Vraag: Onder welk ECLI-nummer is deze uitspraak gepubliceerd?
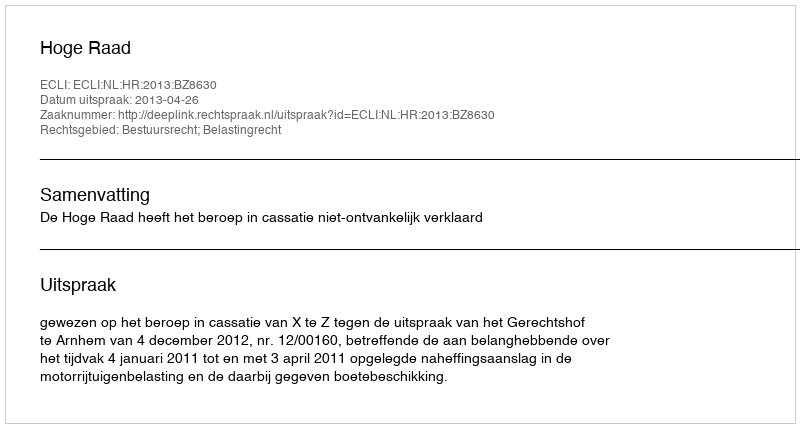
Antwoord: ECLI:NL:HR:2013:BZ8630